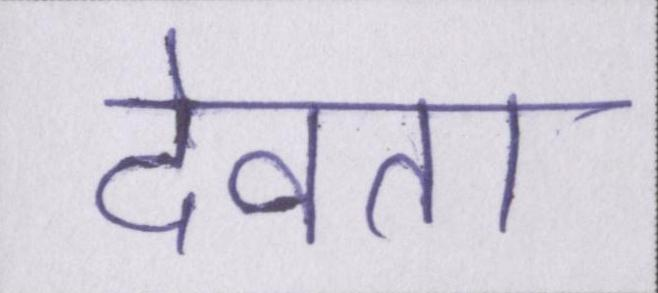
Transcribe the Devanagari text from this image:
देवता